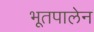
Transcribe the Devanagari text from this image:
भूतपालेन